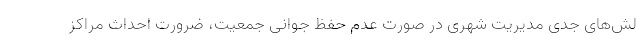
لش‌های جدی مدیریت شهری در صورت عدم حفظ جوانی جمعیت، ضرورت احداث مراکز